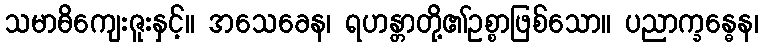
သမာဓိကျေးဇူးနှင့်။ အသေခေန၊ ရဟန္တာတို့၏ဥစ္စာဖြစ်သော။ ပညာက္ခန္ဓေန၊